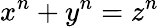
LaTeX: x^{n}+y^{n}=z^{n}